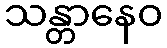
သန္တာနေဝ